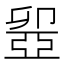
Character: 𠨣